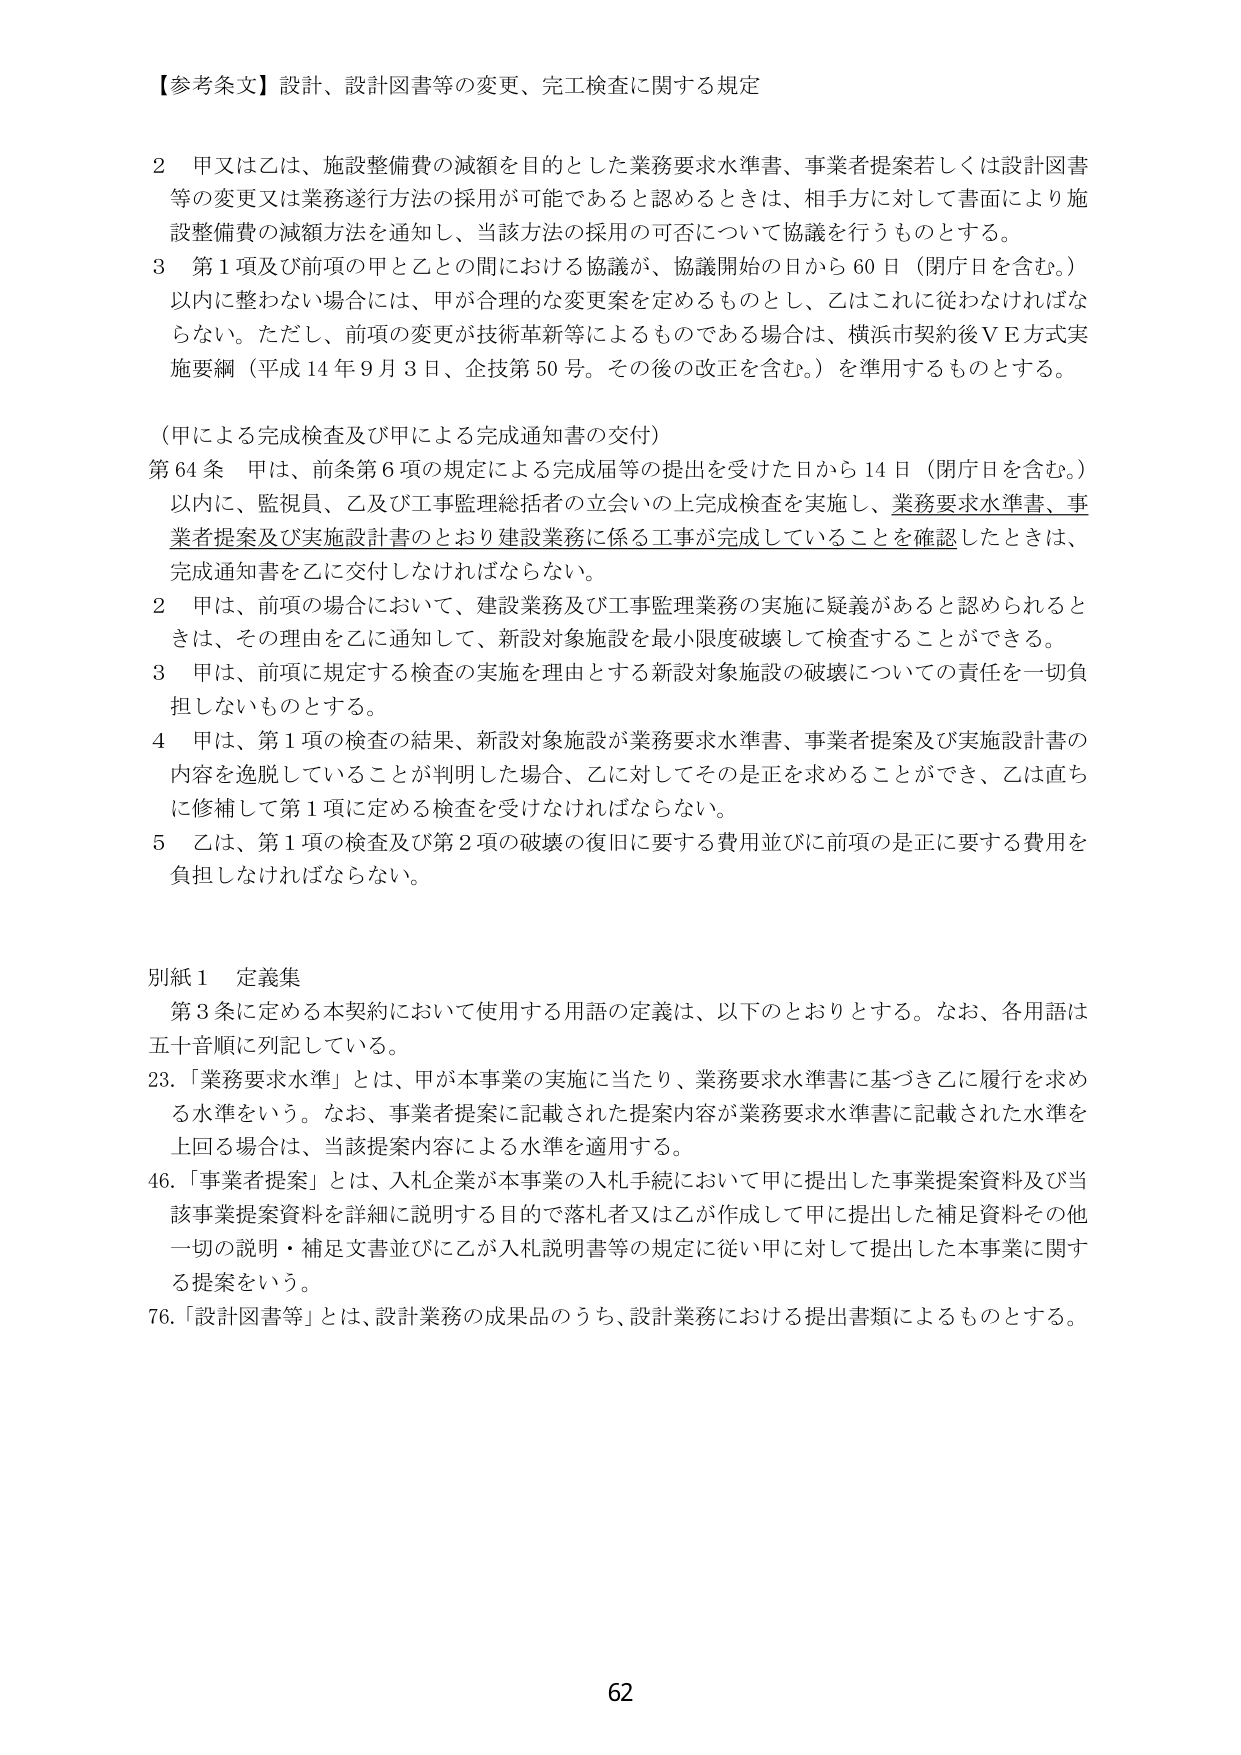
【参考条文】設計、設計図書等の変更、完工検査に関する規定

2 甲又は乙は、施設整備費の減額を目的とした業務要求水準書、事業者提案若しくは設計図書等の変更又は業務遂行方法の採用が可能であると認めるときは、相手方に対して書面により施設整備費の減額方法を通知し、当該方法の採用の可否について協議を行うものとする。

3 第1項及び前項の甲と乙との間における協議が、協議開始の日から60日（閉庁日を含む。）以内に整わない場合には、甲が合理的な変更案を定めるものとし、乙はこれに従わなければならない。ただし、前項の変更が技術革新等によるものである場合は、横浜市契約後ＶＥ方式実施要綱（平成14年9月3日、企技第50号。その後の改正を含む。）を準用するものとする。

（甲による完成検査及び甲による完成通知書の交付）

第64条 甲は、前条第6項の規定による完成届等の提出を受けた日から14日（閉庁日を含む。）以内に、監視員、乙及び工事監理総括者の立会いの上完成検査を実施し、業務要求水準書、事業者提案及び実施設計書のとおり建設業務に係る工事が完成していることを確認したときは、完成通知書を乙に交付しなければならない。

2 甲は、前項の場合において、建設業務及び工事監理業務の実施に疑義があると認められるときは、その理由を乙に通知して、新設対象施設を最小限度破壊して検査することができる。

3 甲は、前項に規定する検査の実施を理由とする新設対象施設の破壊についての責任を一切負担しないものとする。

4 甲は、第1項の検査の結果、新設対象施設が業務要求水準書、事業者提案及び実施設計書の内容を逸脱していることが判明した場合、乙に対してその是正を求めることができ、乙は直ちに修補して第1項に定める検査を受けなければならない。

5 乙は、第1項の検査及び第2項の破壊の復旧に要する費用並びに前項の是正に要する費用を負担しなければならない。

別紙1 定義集

第3条に定める本契約において使用する用語の定義は、以下のとおりとする。なお、各用語は五十音順に列記している。

23.「業務要求水準」とは、甲が本事業の実施に当たり、業務要求水準書に基づき乙に履行を求め る水準をいう。なお、事業者提案に記載された提案内容が業務要求水準書に記載された水準を上回る場合は、当該提案内容による水準を適用する。

46.「事業者提案」とは、入札企業が本事業の入札手続において甲に提出した事業提案資料及び当該事業提案資料を詳細に説明する目的で落札者又は乙が作成して甲に提出した補足資料その他一切の説明・補足文書並びに乙が入札説明書等の規定に従い甲に対して提出した本事業に関する提案をいう。

76.「設計図書等」とは、設計業務の成果品のうち、設計業務における提出書類によるものとする。

62